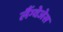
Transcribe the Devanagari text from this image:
लैंग्वेजेस